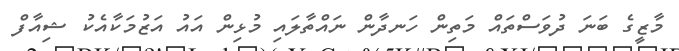
މާޒީގެ ބަނަ ދުވަސްތައް މަތިން ހަނދާން ނައްތާލައި މުޅިން އައު އަޒުމަކާއެކު ޝިއާފް